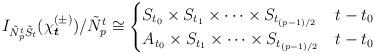
LaTeX: \begin{align*}I_{\tilde{N}_p^t\tilde{S}_t}(\chi_{\boldsymbol{t}}^{(\pm)})/\tilde{N}_p^t\cong\begin{cases}S_{t_0}\times S_{t_1}\times\dots\times S_{t_{(p-1)/2}}&t-t_0 \\A_{t_0}\times S_{t_1}\times\dots\times S_{t_{(p-1)/2}}&t-t_0 \end{cases}\end{align*}